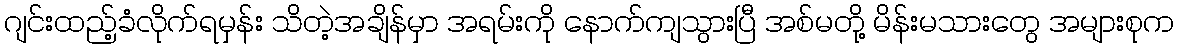
ဂျင်းထည့်ခံလိုက်ရမှန်း သိတဲ့အချိန်မှာ အရမ်းကို နောက်ကျသွားပြီ အစ်မတို့ မိန်းမသားတွေ အများစုက